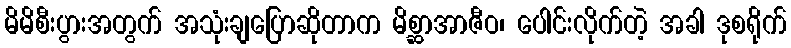
မိမိစီးပွားအတွက် အသုံးချပြောဆိုတာက မိစ္ဆာအာဇီဝ၊ ပေါင်းလိုက်တဲ့ အခါ ဒုစရိုက်